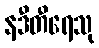
နဒီတီရေသု